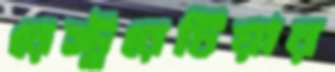
রেস্টুরেটিয়ার